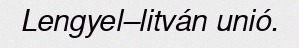
Lengyel–litván unió.